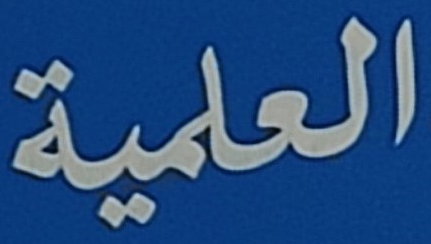
العلمية